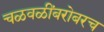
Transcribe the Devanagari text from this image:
चळवळींबरोबरच